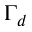
\Gamma _ { d }